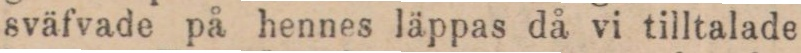
sväfvade på hennes läppas då vi tilltalade